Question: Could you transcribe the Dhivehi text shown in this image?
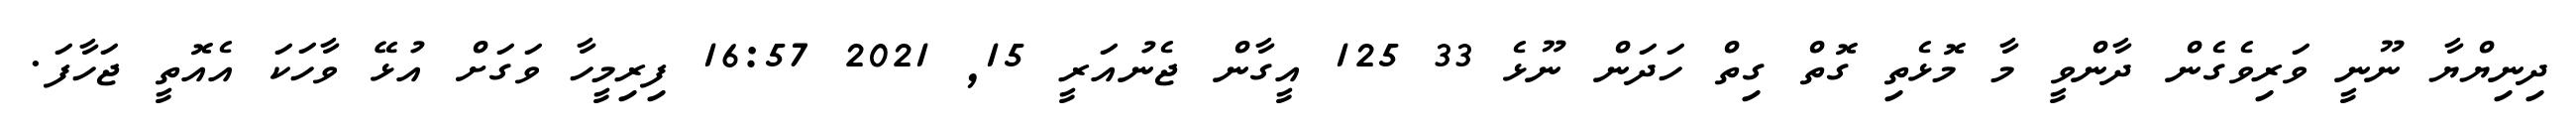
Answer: ދިނިޔްޔާ ނޫނީ ވަރިވެގެން ދާންވީ މާ މޮޅެތި ގޮތް ގިތް ހަދަން ނޫޅެ 33 125 އީގާން ޖެނުއަރީ 15, 2021 16:57 ފިރިމީހާ ވަގަށް އުޅޭ ވާހަކަ އެއޮތީ ޖަހާފަ.